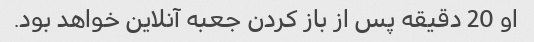
او 20 دقیقه پس از باز کردن جعبه آنلاین خواهد بود.